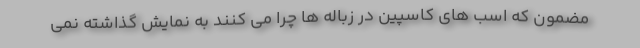
مضمون که اسب های کاسپین در زباله ها چرا می کنند به نمایش گذاشته نمی